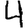
Digit: 4